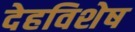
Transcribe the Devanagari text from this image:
देहविशेष